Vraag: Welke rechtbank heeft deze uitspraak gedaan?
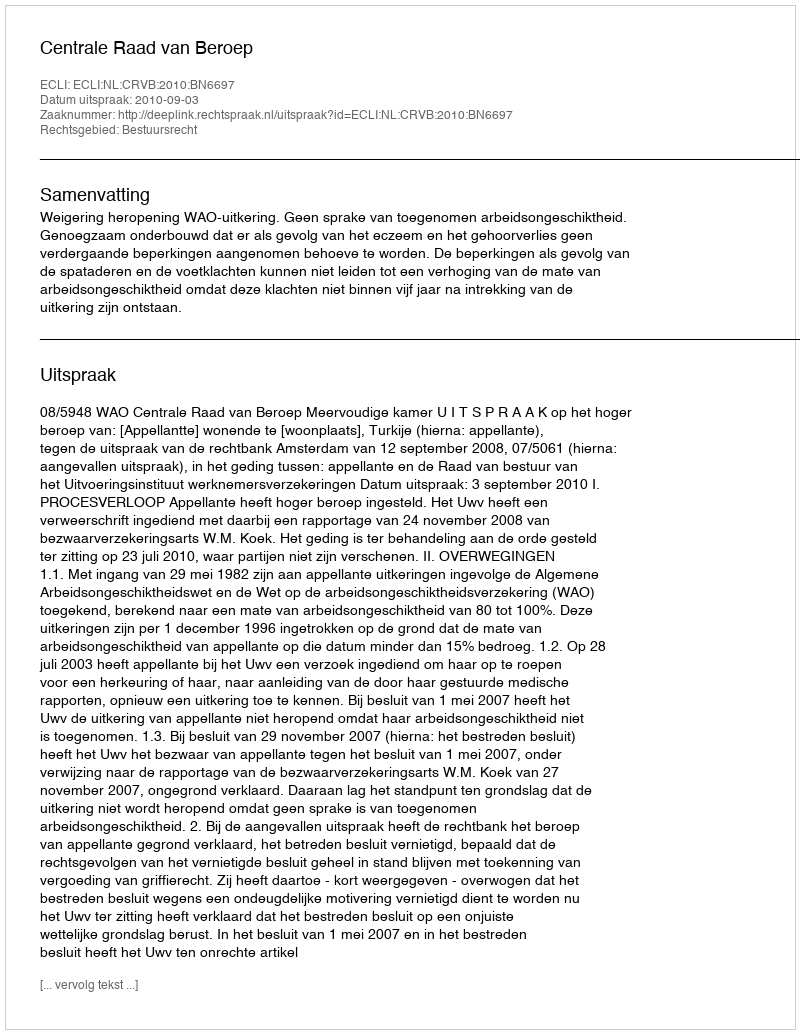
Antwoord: Centrale Raad van Beroep